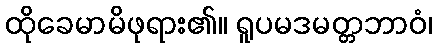
ထိုခေမာမိဖုရား၏။ ရူပမဒမတ္တဘာဝံ၊